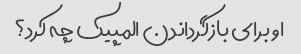
او برای بازگرداندن المپیک چه کرد؟